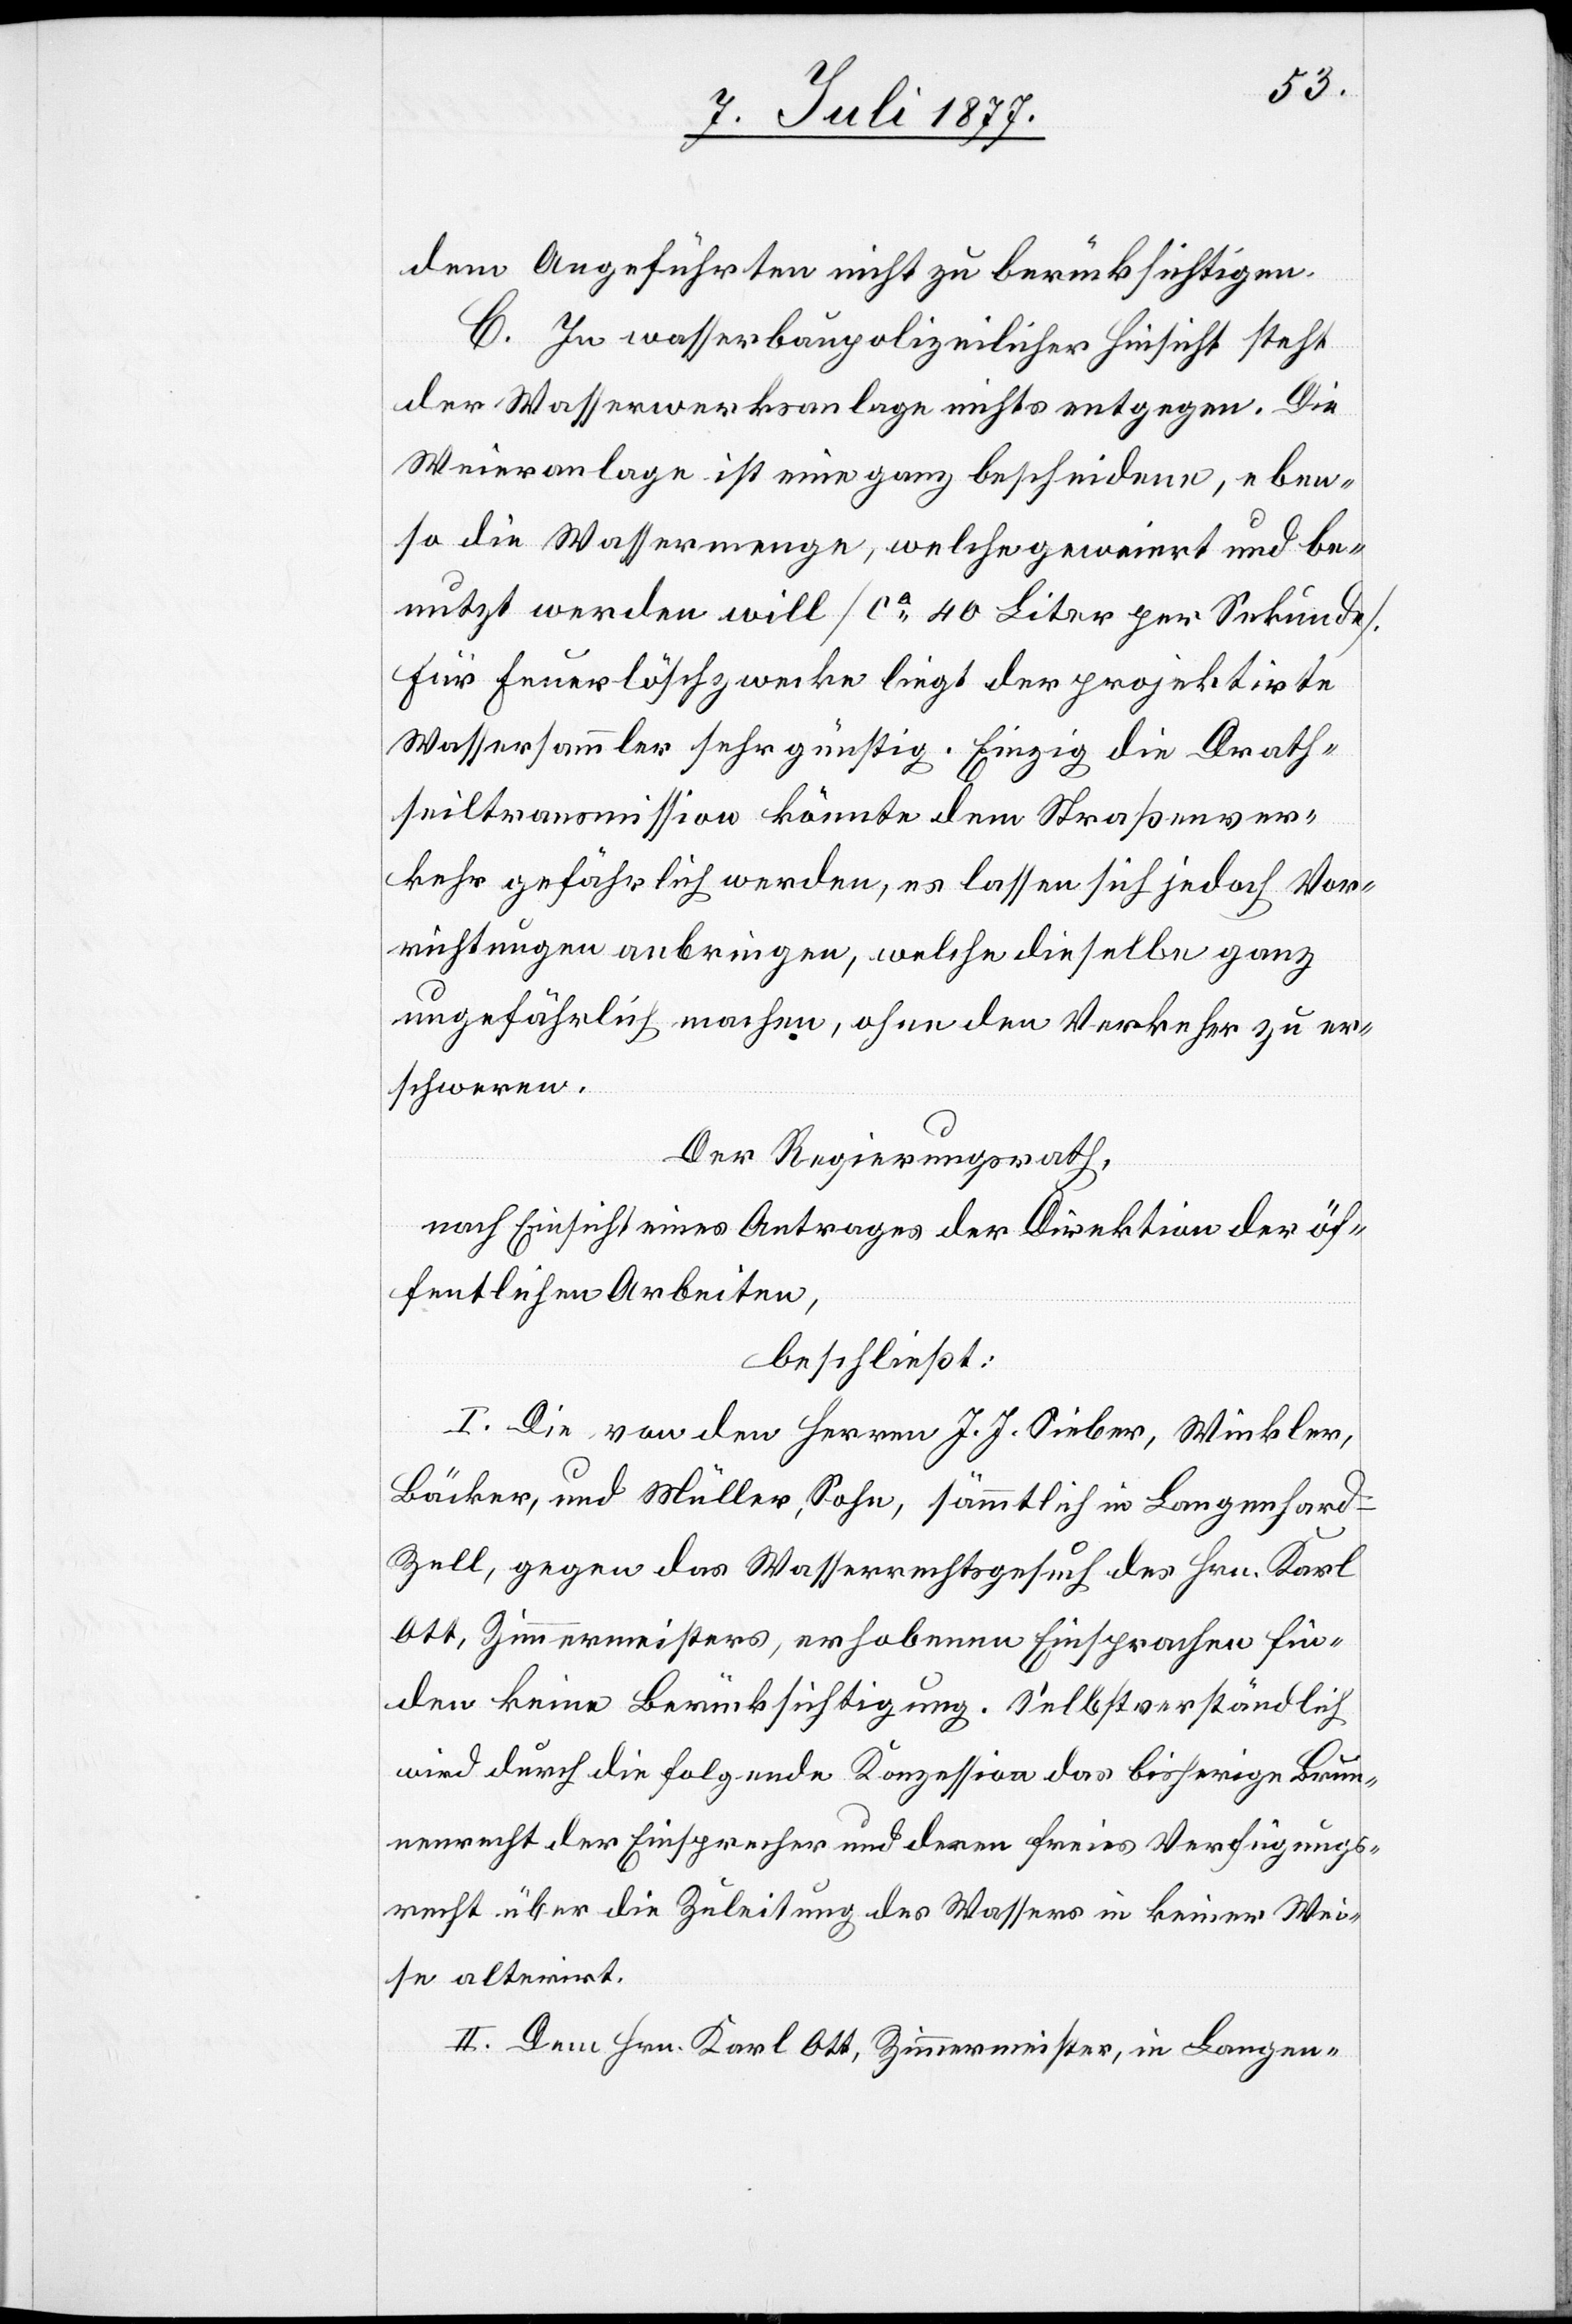
dem Angeführten nicht zu berücksichtigen.
C. In wasserbaupolizeilicher Hinsicht steht
der Wasserwerksanlage nichts entgegen. Die
Weieranlage ist eine ganz bescheidene, eben¬
so die Wassermenge, welche geweiert und be¬
nutzt werden will [ca 40 Liter per Sekunde].
Für Feuerlöschzwecke liegt der projektirte
Wassersammler sehr günstig. Einzig die Drath¬
seiltransmission könnte dem Straßenver¬
kehr gefährlich werden, es lassen sich jedoch Vor¬
richtungen anbringen, welche dieselbe ganz
ungefährlich machen, ohne den Verkehr zu er¬
schweren.
Der Regierungsrath,
nach Einsicht eines Antrages der Direktion der öf¬
fentlichen Arbeiten,
beschließt:
I. Die von den Herren J. J. Sieber, Winkler,
Bäcker, und Müller, Sohn, sämmtlich in Langenhard
Zell, gegen das Wasserrechtsgesuch des Hrn. Karl
Ott, Zimmermeisters, erhobenen Einsprachen fin¬
den keine Berücksichtigung. Selbstverständlich
wird durch die folgende Konzession das bisherige Brun¬
nenrecht der Einsprecher und deren freies Verfügungs¬
recht über die Zuleitung des Wassers in keiner Wei¬
se alterirt.
II. Dem Hrn. Karl Ott, Zimmermeister, in Langen-